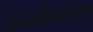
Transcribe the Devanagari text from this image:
सम्मानितअशोक